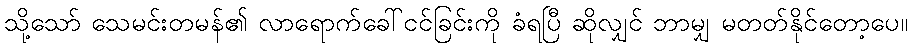
သို့သော် သေမင်းတမန်၏ လာရောက်ခေါ်ငင်ခြင်းကို ခံရပြီ ဆိုလျှင် ဘာမျှ မတတ်နိုင်တော့ပေ။